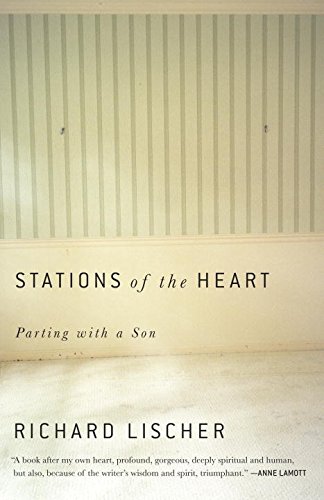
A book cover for Stations of the Heart: Parting with a Son; Richard Lischer; Parenting & Relationships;